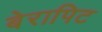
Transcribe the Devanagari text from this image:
बेरापिट